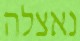
נאצלה